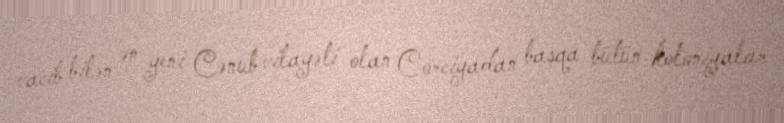
vacib bilən ən yeni Cənub vilayəti olan Corciyadan başqa bütün koloniyalar